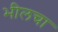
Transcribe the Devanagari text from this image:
भीलचा